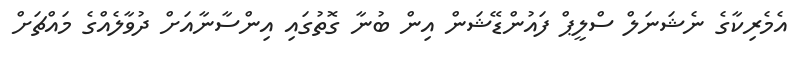
އެމެރިކާގެ ނެޝަނަލް ސްލީޕް ފައުންޑޭޝަން އިން ބުނާ ގޮތުގައި އިންސާނާއަށް ދުވާލެއްގެ މައްޗަށް